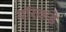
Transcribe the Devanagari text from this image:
यॉरकडे